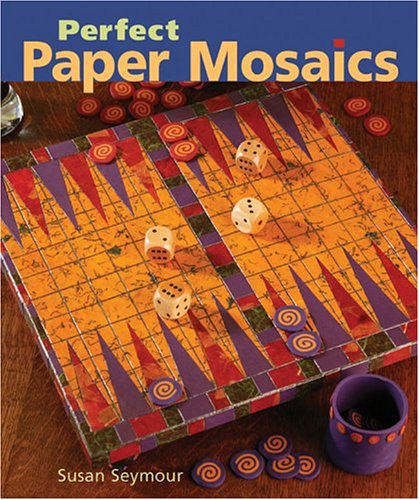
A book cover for Perfect Paper Mosaics; Susan Seymour; Arts & Photography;